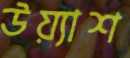
উয়্যাশ